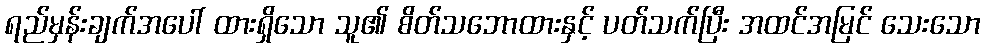
ရည်မှန်းချက်အပေါ် ထားရှိသော သူ၏ စိတ်သဘောထားနှင့် ပတ်သက်ပြီး အထင်အမြင် သေးသော